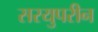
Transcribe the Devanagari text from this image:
सरयुपरीन